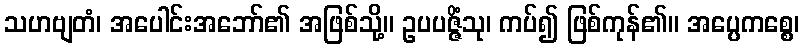
သဟဗျတံ၊ အပေါင်းအဘော်၏ အဖြစ်သို့။ ဥပပဇ္ဇိံသု၊ ကပ်၍ ဖြစ်ကုန်၏။ အပ္ပေကစ္စေ၊